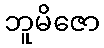
ဘူမိဇော